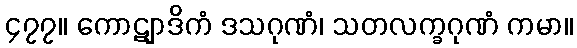
၄၇၇။ ကောဋျာဒိကံ ဒသဂုဏံ၊ သတလက္ခဂုဏံ ကမာ။